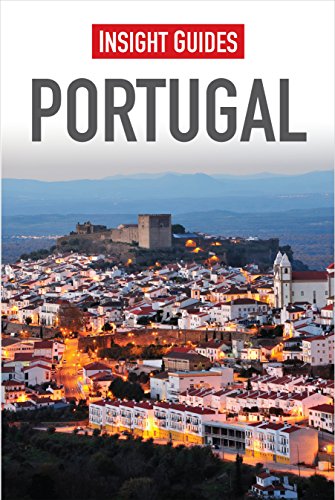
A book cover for Portugal (Insight Guides); Insight Guides; Travel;